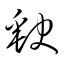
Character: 缼